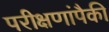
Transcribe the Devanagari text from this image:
परीक्षणांपैकी